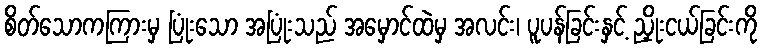
စိတ်သောကကြားမှ ပြုံးသော အပြုံးသည် အမှောင်ထဲမှ အလင်း၊ ပူပန်ခြင်းနှင့် ညှိုးငယ်ခြင်းကို